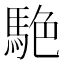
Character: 𮪀